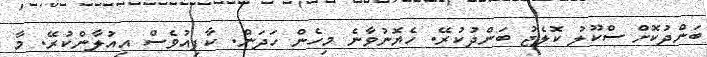
ބަންދުކޮށް ސްކޫލު ކޮލެޖު ބަންދުކުރޭ. ހެޔޮނުވާނެ މިހެން ހަދަން. ކާފިއުވެސް އިއުލާންކުރޭ. މާ